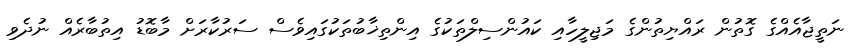
ނަތީޖާއެއްގެ ގޮތުން ރައްޔިތުންގެ މަޖިލީހާއި ކައުންސިލްތަކުގެ އިންތިޚާބުތަކުގައިވެސް ސަރުކާރަށް މާބޮޑު އިތުބާރެއް ނުދެވި